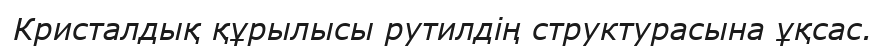
Кристалдық құрылысы рутилдің структурасына ұқсас.